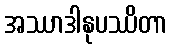
အဿာဒါနုပဿိတာ